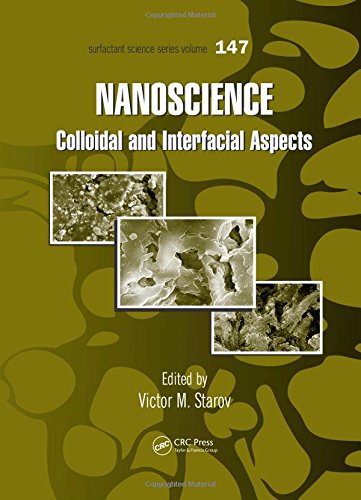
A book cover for Nanoscience: Colloidal and Interfacial Aspects (Surfactant Science); Science & Math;